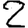
Digit: 2